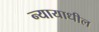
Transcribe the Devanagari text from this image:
न्यायाधील